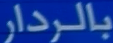
بالردار